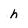
Character: h